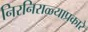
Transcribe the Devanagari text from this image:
निरनिराळ्याप्रकारे